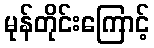
မုန်တိုင်းကြောင့်